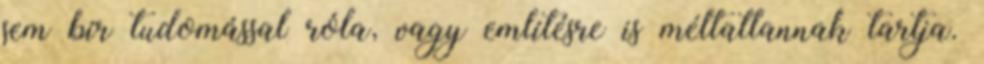
sem bír tudomással róla, vagy említésre is méltatlannak tartja.